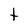
Character: t